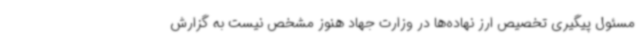
مسئول پیگیری تخصیص ارز نهاده‌ها در وزارت جهاد هنوز مشخص نیست به گزارش